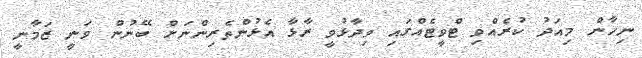
ނިހާން މިއަދު ކުރެއްވި ޓްވީޓެއްގައި ވިދާޅުވީ ރާޅާ އެޅުންތެރިންނަށް ބޭނުން ވަނީ ޒަމާނީ